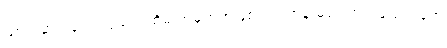
သာသနာ ၂၄၀၀ ပြည့်အထိမ်းအမှတ်အဖြစ် မင်းတုန်းမင်း တည်ထောင်ခဲ့တဲ့